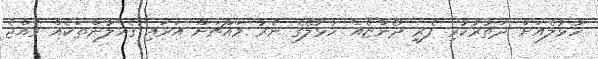
ހުޅުލެއަށް ދަތުރުކުރި ފެރީ ދޯންޏެއް ހުޅުލޭގެ ނެރު މައްޗަށް އަރައި ގެއްލުންތަކެއް ވެއްޖެ